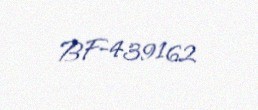
BF-439162